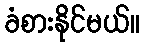
ခံစားနိုင်မယ်။